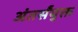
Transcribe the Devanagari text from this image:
अंतर्संयुक्त